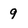
Character: 9